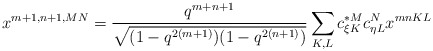
\begin{align*}x^{m+1,n+1,MN}=\frac{q^{m+n+1}}{\sqrt{(1-q^{2(m+1)})(1-q^{2(n+1)})}}\sum_{K,L}c_{\xi K}^{*M}c_{\eta L}^{N} x^{mnKL}\end{align*}